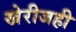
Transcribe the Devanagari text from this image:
खेरीजही